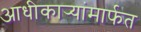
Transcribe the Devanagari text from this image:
आधीकार्‍यांमार्फत